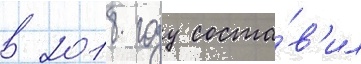
в 2018 году соста́в'ил